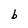
Character: b